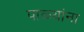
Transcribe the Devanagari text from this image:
पाळ्यांना